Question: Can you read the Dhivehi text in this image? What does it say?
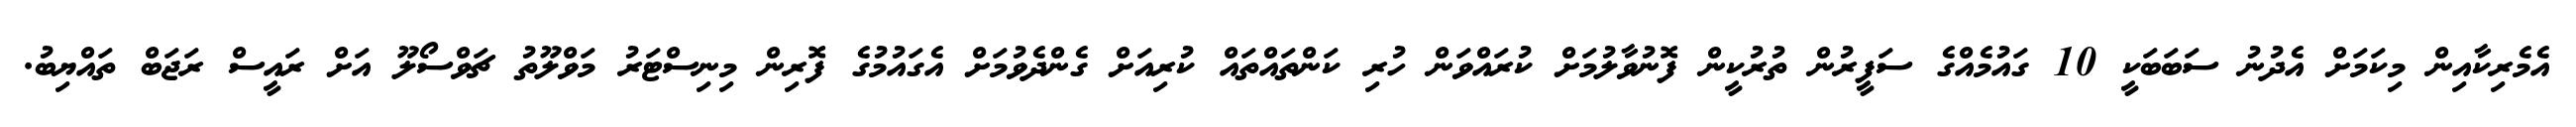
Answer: އެމެރިކާއިން މިކަމަށް އެދުނު ސަބަބަކީ 10 ގައުމެއްގެ ސަފީރުން ތުރުކީން ފޮނުވާލުމަށް ކުރައްވަން ހުރި ކަންތައްތައް ކުރިއަށް ގެންދެވުމަށް އެގައުމުގެ ފޮރިން މިނިސްޓަރު މަވްލޫތު ޗަވްސޯލޫ އަށް ރައީސް ރަޖަބް ތައްޔިބު.